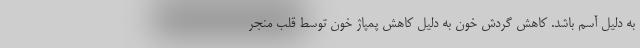
به دلیل آسم باشد. کاهش گردش خون به دلیل کاهش پمپاژ خون توسط قلب منجر